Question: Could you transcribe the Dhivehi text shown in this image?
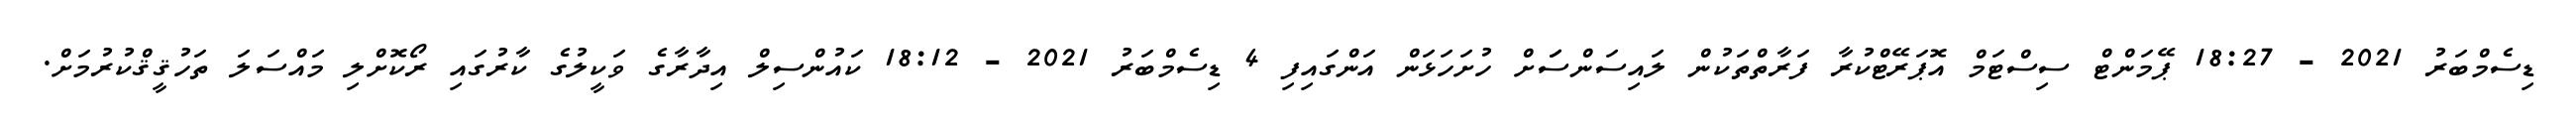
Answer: ޑިސެމްބަރު 2021 - 18:27 ޕޭމަންޓް ސިސްޓަމް އޮޕަރޭޓްކުރާ ފަރާތްތަކުން ލައިސަންސަަށް ހުށަހަޅަން އަންގައިފި 4 ޑިސެމްބަރު 2021 - 18:12 ކައުންސިލް އިދާރާގެ ވަކީލުގެ ކާރުގައި ރޯކޮށްލި މައްސަލަ ތަހުޤީޤްކުރުމަށް.